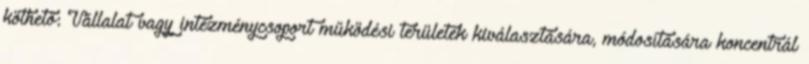
köthető: Vállalat vagy intézménycsoport működési területek kiválasztására, módosítására koncentrál